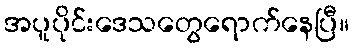
အပူပိုင်းဒေသတွေရောက်နေပြီ။